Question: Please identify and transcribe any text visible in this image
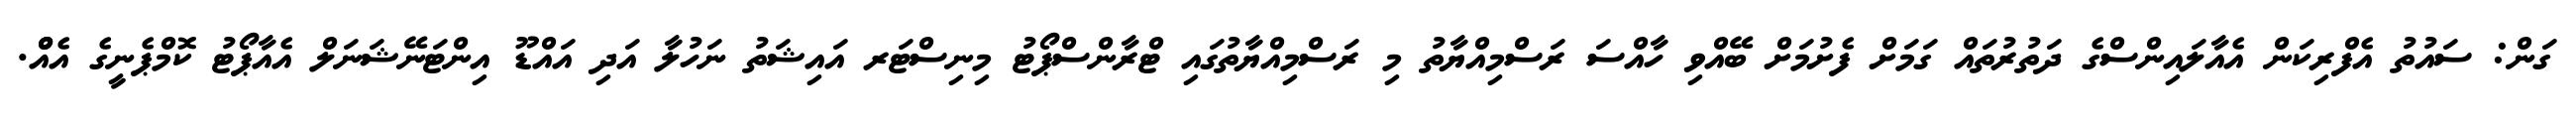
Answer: ގަން: ސައުތު އެފްރިކަން އެއާލައިންސްގެ ދަތުރުތައް ގަމަށް ފެށުމަށް ބޭއްވި ހާއްސަ ރަސްމިއްޔާތު މި ރަސްމިއްޔާތުގައި ޓްރާންސްޕޯޓު މިނިސްޓަރ އައިޝަތު ނަހުލާ އަދި އައްޑޫ އިންޓަނޭޝަނަލް އެއާޕޯޓު ކޮމްޕެނީގެ އެއްް.